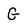
Character: G